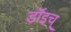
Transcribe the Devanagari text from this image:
डॉइच्